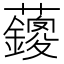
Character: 𱿄